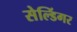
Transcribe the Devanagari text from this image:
सेल्डिंगर